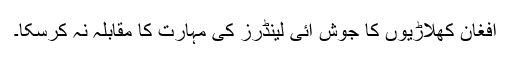
افغان کھلاڑیوں کا جوش آئی لینڈرز کی مہارت کا مقابلہ نہ کرسکا۔